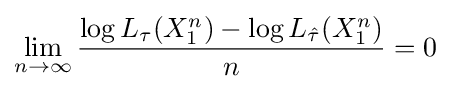
\lim _{n\to \infty }{\frac {\log L_{\tau }(X_{1}^{n})-\log L_{\hat {\tau }}(X_{1}^{n})}{n}}=0